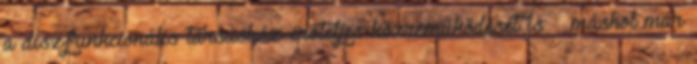
a diszfunkcionális társasház erőteljes közreműködését is – máshol már